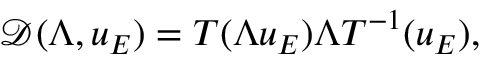
\mathcal { D } ( \Lambda , u _ { E } ) = T ( \Lambda u _ { E } ) \Lambda T ^ { - 1 } ( u _ { E } ) ,